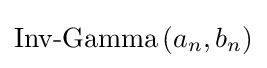
{\text{Inv-Gamma}}\left(a_{n},b_{n}\right)